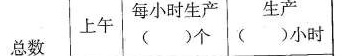
总数 上午 每小时生产（）个 生产（）小时